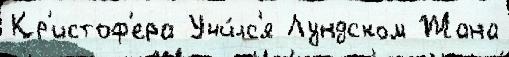
Кр'истоф'ера Учи́лс'я Лундском Жана